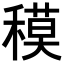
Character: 𥡸